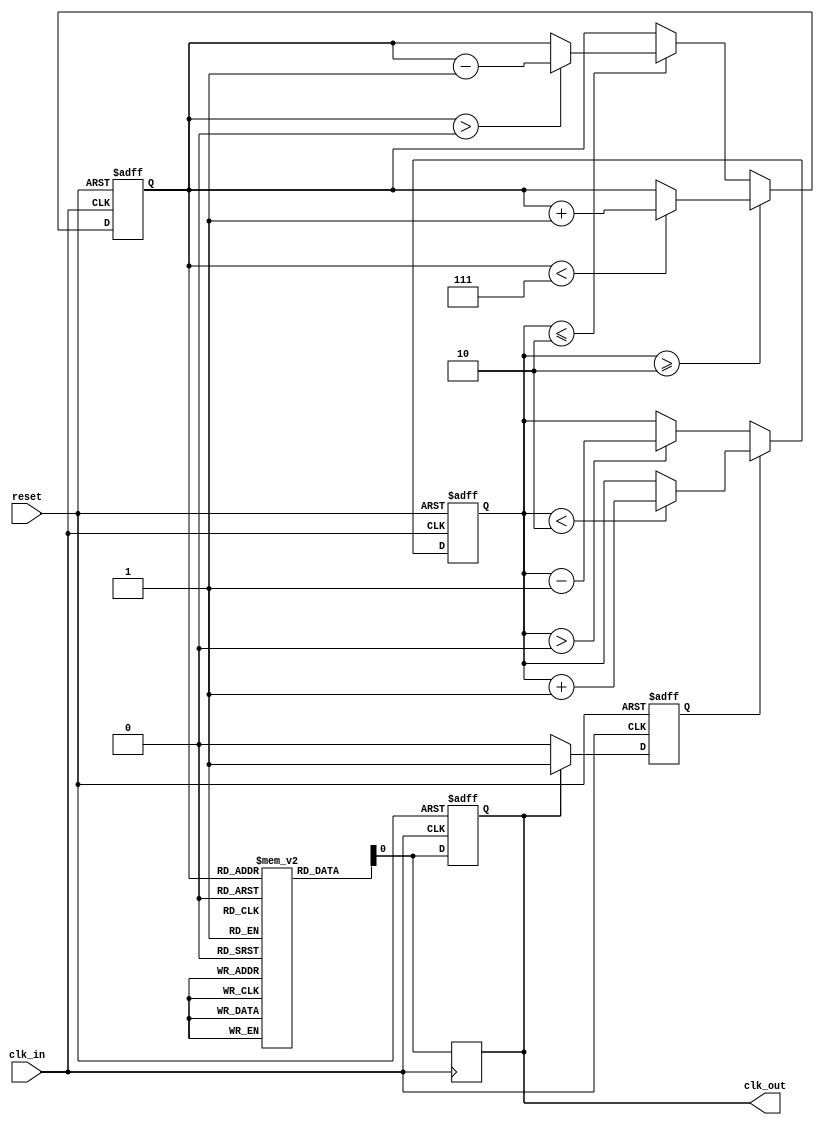
module DLL (
    input wire clk_in,              // Input clock signal
    input wire reset,               // Asynchronous reset
    output reg clk_out              // Output clock signal
);

    // Parameters
    parameter NUM_DELAY_ELEMENTS = 8; // Number of delay elements
    parameter DELAY_STEP = 1;          // Delay increment/decrement step
    parameter LOCK_THRESHOLD = 2;       // Phase lock threshold

    // Internal signals
    reg [NUM_DELAY_ELEMENTS-1:0] delay_line [0:NUM_DELAY_ELEMENTS-1]; // Delay line
    reg [2:0] current_delay;            // Current delay setting
    reg phase_error;                    // Phase error signal
    reg [2:0] error_count;              // Error count for locking mechanism

    // Phase Detector
    always @(posedge clk_in or posedge reset) begin
        if (reset) begin
            phase_error <= 0;
            error_count <= 0;
        end else begin
            // Compare input clock with delayed clock
            if (clk_out) begin
                phase_error <= 1; // Indicate that output is ahead
            end else begin
                phase_error <= 0; // Indicate that output is behind
            end
            
            // Error count for locking mechanism
            if (phase_error) begin
                if (error_count < LOCK_THRESHOLD)
                    error_count <= error_count + 1;
            end else begin
                if (error_count > 0)
                    error_count <= error_count - 1;
            end
        end
    end

    // Control Logic
    always @(posedge clk_in or posedge reset) begin
        if (reset) begin
            current_delay <= 0;
        end else begin
            // Adjust delay based on phase error
            if (error_count >= LOCK_THRESHOLD) begin
                if (current_delay < NUM_DELAY_ELEMENTS - 1) begin
                    current_delay <= current_delay + DELAY_STEP; // Increase delay
                end
            end else if (error_count <= LOCK_THRESHOLD) begin
                if (current_delay > 0) begin
                    current_delay <= current_delay - DELAY_STEP; // Decrease delay
                end
            end
        end
    end

    // Delay Line Generation
    always @(posedge clk_in) begin
        clk_out <= delay_line[current_delay]; // Select the current delay
    end

    // Output Buffer (simple buffer implementation)
    always @(posedge clk_in or posedge reset) begin
        if (reset) begin
            clk_out <= 0;
        end else begin
            clk_out <= delay_line[current_delay]; // Output the delayed clock
        end
    end

endmodule